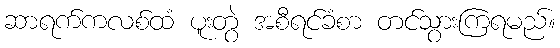
ဆာရက်ကလစ်ထံ ပူးတွဲ အစီရင်ခံစာ တင်သွားကြရမည်။